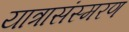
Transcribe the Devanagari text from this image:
यात्रासंस्मरण